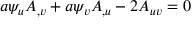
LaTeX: a \psi _ { u } A _ { , v } + a \psi _ { v } A _ { , u } - 2 A _ { u v } = 0